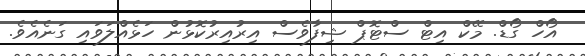
އޯހް ގޯޑް. މޭކް އިޓް ސްޓޮޕް ޝިފާވެސް އިރުއިރުކޮޅުން ހަޅެއްލަވައި ގަނެއެވެ.